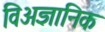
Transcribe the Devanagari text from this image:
विअज्ञानिक